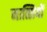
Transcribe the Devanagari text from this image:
नात्सियों